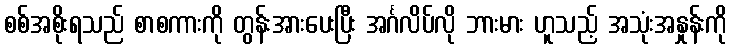
စစ်အစိုးရသည် စာစကားကို တွန်းအားပေးပြီး အင်္ဂလိပ်လို ဘားမား ဟူသည့် အသုံးအနှုန်းကို